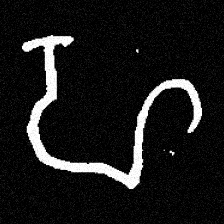
Pyu character \u2014 Myanmar letter: ဟ (romanized: ha)